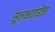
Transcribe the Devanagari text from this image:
सुलभाताईंना